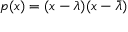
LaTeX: p ( x ) = ( x - \lambda ) ( x - { \bar { \lambda } } )